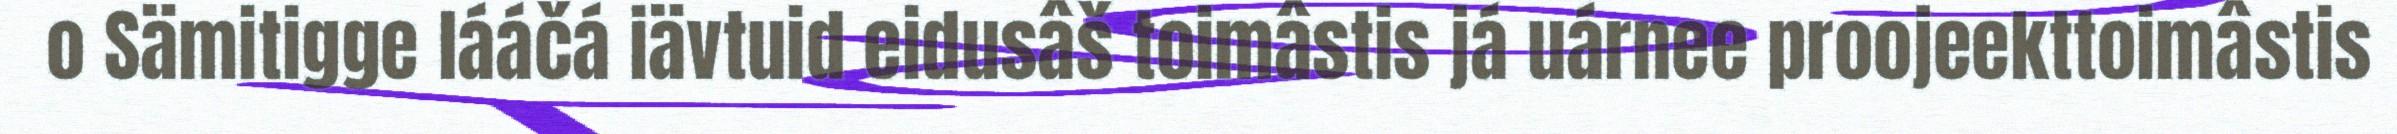
o Sämitigge lááčá iävtuid eidusâš toimâstis já uárnee proojeekttoimâstis